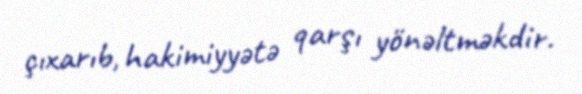
çıxarıb, hakimiyyətə qarşı yönəltməkdir.